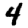
Digit: 4